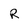
Character: R